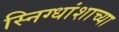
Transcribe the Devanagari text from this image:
स्निग्धांशाच्या